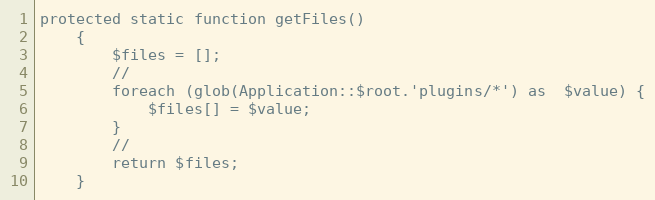
Language: PHP
protected static function getFiles()
    {
        $files = [];
        //
        foreach (glob(Application::$root.'plugins/*') as  $value) {
            $files[] = $value;
        }
        //
        return $files;
    }